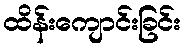
ထိန်းကျောင်းခြင်း